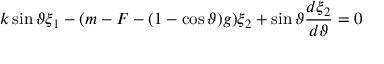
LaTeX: k \sin \vartheta \xi _ { 1 } - ( m - F - ( 1 - \cos \vartheta ) g ) \xi _ { 2 } + \sin \vartheta \frac { d \xi _ { 2 } } { d \vartheta } = 0